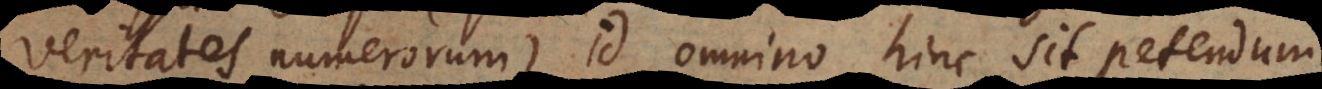
veritates numerorum), id omnino hinc sit petendum.